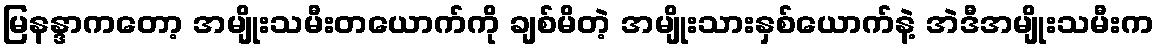
မြနန္ဒာကတော့ အမျိုးသမီးတယောက်ကို ချစ်မိတဲ့ အမျိုးသားနှစ်ယောက်နဲ့ အဲဒီအမျိုးသမီးက